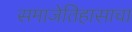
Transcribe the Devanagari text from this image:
समाजेतिहासाचा